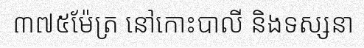
៣៧៥ម៉ែត្រ នៅកោះបាលី និងទស្សនា